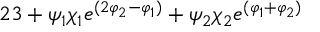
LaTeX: { 2 \o 3 } + \psi _ { 1 } \chi _ { 1 } e ^ { \b ( 2 \varphi _ { 2 } - \varphi _ { 1 } ) } + \psi _ { 2 } \chi _ { 2 } e ^ { \b ( \varphi _ { 1 } + \varphi _ { 2 } ) }